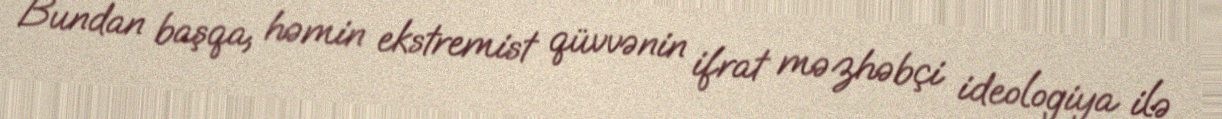
Bundan başqa, həmin ekstremist qüvvənin ifrat məzhəbçi ideologiya ilə